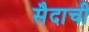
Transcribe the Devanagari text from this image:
सैदाची